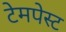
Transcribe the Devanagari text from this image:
टेमपेस्ट